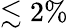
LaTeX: \lesssim 2\%